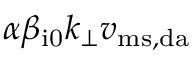
\alpha \beta _ { \mathrm { i 0 } } k _ { \perp } v _ { \mathrm { m s , d a } }